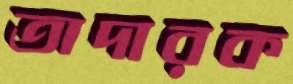
তাদারক